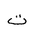
Letter: _ta